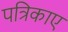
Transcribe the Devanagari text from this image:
पत्रिकाए